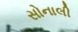
સોનાલી